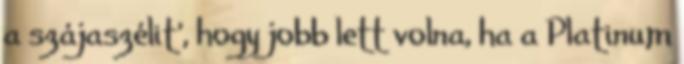
a szájaszélit', hogy jobb lett volna, ha a Platinum